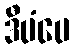
ဒီပံပေ